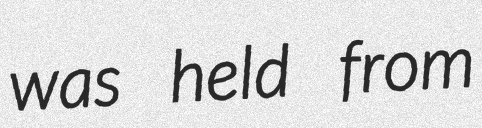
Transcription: was held from